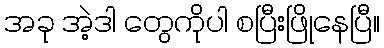
အခု အဲ့ဒါ တွေကိုပါ စပြီးဖြိုနေပြီ။